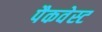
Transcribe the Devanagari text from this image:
पैकवेस्ट